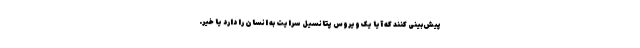
پیش‌بینی کنند که آیا یک ویروس پتانسیل سرایت به انسان را دارد یا خیر.